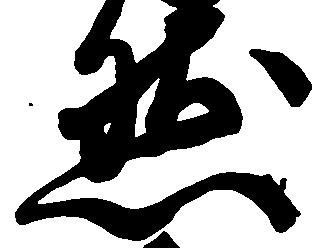
然